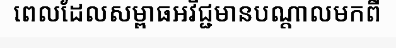
ពេលដែលសម្ពាធអវិជ្ជមានបណ្តាលមកពី